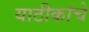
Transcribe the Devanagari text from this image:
याठीकांचे